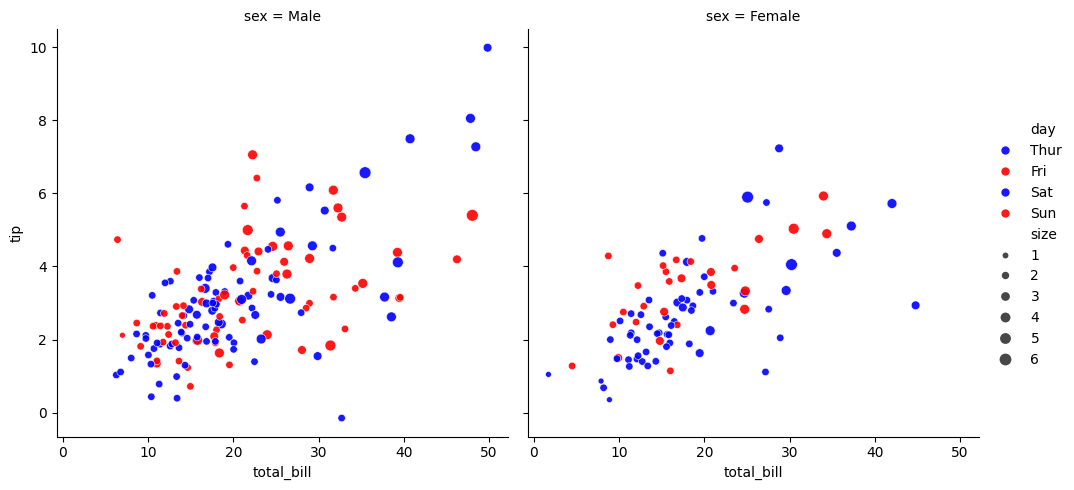
python, seaborn, relplot, alpha=0.9